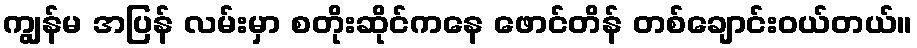
ကျွန်မ အပြန် လမ်းမှာ စတိုးဆိုင်ကနေ ဖောင်တိန် တစ်ချောင်းဝယ်တယ်။